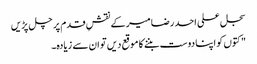
سجل علی احد رضا میر کے نقشِ قدم پر چل پڑیں
" کتوں کو اپنا دوست بننے کا موقع دیں تو ان سے زیادہ۔